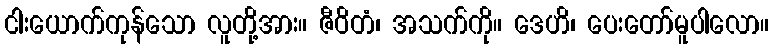
ငါးယောက်ကုန်သော လူတို့အား။ ဇီဝိတံ၊ အသက်ကို။ ဒေဟိ၊ ပေးတော်မူပါလော။